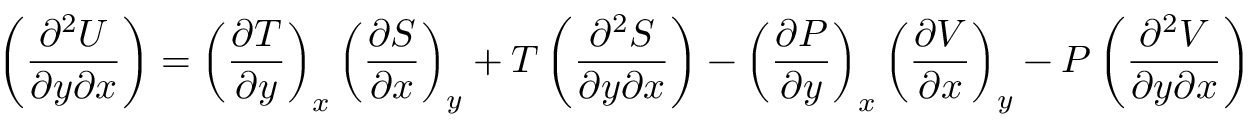
\left( { \frac { \partial ^ { 2 } U } { \partial y \partial x } } \right) = \left( { \frac { \partial T } { \partial y } } \right) _ { x } \left( { \frac { \partial S } { \partial x } } \right) _ { y } + T \left( { \frac { \partial ^ { 2 } S } { \partial y \partial x } } \right) - \left( { \frac { \partial P } { \partial y } } \right) _ { x } \left( { \frac { \partial V } { \partial x } } \right) _ { y } - P \left( { \frac { \partial ^ { 2 } V } { \partial y \partial x } } \right)